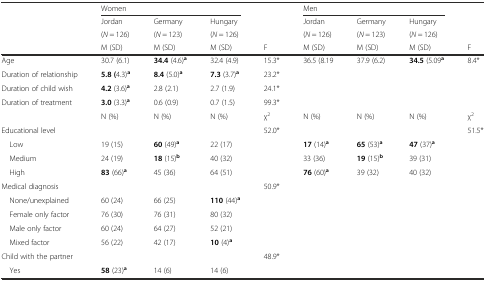
<table><thead><tr><td></td><td colspan="3"><b>Women</b></td><td></td><td colspan="3"><b>Men</b></td><td></td></tr><tr><td></td><td><b>Jordan</b></td><td><b>Germany</b></td><td><b>Hungary</b></td><td></td><td><b>Jordan</b></td><td><b>Germany</b></td><td><b>Hungary</b></td><td></td></tr><tr><td></td><td><b>(<i>N</i> = 126)</b></td><td><b>(<i>N</i> = 123)</b></td><td><b>(<i>N</i> = 126)</b></td><td></td><td><b>(<i>N</i> = 126)</b></td><td><b>(<i>N</i> = 123)</b></td><td><b>(<i>N</i> = 126)</b></td><td></td></tr><tr><td></td><td><b>M (SD)</b></td><td><b>M (SD)</b></td><td><b>M (SD)</b></td><td><b>F</b></td><td><b>M (SD)</b></td><td><b>M (SD)</b></td><td><b>M (SD)</b></td><td><b>F</b></td></tr></thead><tbody><tr><td>Age</td><td>30.7 (6.1)</td><td><b>34.4</b> (4.6)<sup><b>a</b></sup></td><td>32.4 (4.9)</td><td>15.3*</td><td>36.5 (8.19</td><td>37.9 (6.2)</td><td><b>34.5</b> (5.09<sup><b>a</b></sup></td><td>8.4*</td></tr><tr><td>Duration of relationship</td><td><b>5.8 (</b>4.3)<sup><b>a</b></sup></td><td><b>8.4</b> (5.0)<sup><b>a</b></sup></td><td><b>7.3</b> (3.7)<sup><b>a</b></sup></td><td>23.2*</td><td rowspan="3" colspan="3"></td><td></td></tr><tr><td>Duration of child wish</td><td><b>4.2</b> (3.6)<sup><b>a</b></sup></td><td>2.8 (2.1)</td><td>2.7 (1.9)</td><td>24.1*</td><td></td></tr><tr><td>Duration of treatment</td><td><b>3.0</b> (3.3)<sup><b>a</b></sup></td><td>0.6 (0.9)</td><td>0.7 (1.5)</td><td>99.3*</td><td></td></tr><tr><td></td><td>N (%)</td><td>N (%)</td><td>N (%)</td><td>χ<sup>2</sup></td><td>N (%)</td><td>N (%)</td><td>N (%)</td><td>χ<sup>2</sup></td></tr><tr><td>Educational level</td><td></td><td></td><td></td><td>52.0*</td><td></td><td></td><td></td><td>51.5*</td></tr><tr><td> Low</td><td>19 (15)</td><td><b>60</b> (49)<sup><b>a</b></sup></td><td>22 (17)</td><td></td><td><b>17</b> (14)<sup><b>a</b></sup></td><td><b>65</b> (53)<sup><b>a</b></sup></td><td><b>47</b> (37)<sup><b>a</b></sup></td><td></td></tr><tr><td> Medium</td><td>24 (19)</td><td><b>18</b> (15)<sup><b>b</b></sup></td><td>40 (32)</td><td></td><td>33 (36)</td><td><b>19</b> (15)<sup><b>b</b></sup></td><td>39 (31)</td><td></td></tr><tr><td> High</td><td><b>83</b> (66)<sup><b>a</b></sup></td><td>45 (36)</td><td>64 (51)</td><td></td><td><b>76</b> (60)<sup><b>a</b></sup></td><td>39 (32)</td><td>40 (32)</td><td></td></tr><tr><td>Medical diagnosis</td><td></td><td></td><td></td><td>50.9*</td><td rowspan="7" colspan="3"></td><td></td></tr><tr><td> None/unexplained</td><td>60 (24)</td><td>66 (25)</td><td><b>110</b> (44)<sup><b>a</b></sup></td><td></td><td></td></tr><tr><td> Female only factor</td><td>76 (30)</td><td>76 (31)</td><td>80 (32)</td><td></td><td></td></tr><tr><td> Male only factor</td><td>60 (24)</td><td>64 (27)</td><td>52 (21)</td><td></td><td></td></tr><tr><td> Mixed factor</td><td>56 (22)</td><td>42 (17)</td><td><b>10</b> (4)<sup><b>a</b></sup></td><td></td><td></td></tr><tr><td>Child with the partner</td><td></td><td></td><td></td><td>48.9*</td><td></td></tr><tr><td> Yes</td><td><b>58</b> (23)<sup><b>a</b></sup></td><td>14 (6)</td><td>14 (6)</td><td></td><td></td></tr></tbody></table>